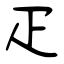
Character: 疋